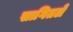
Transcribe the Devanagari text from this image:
सागितले